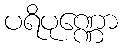
ပရိပုဏ္ဏော